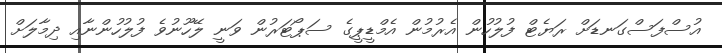
އުސްފަސްގަނޑަށް ރަޔެޓް ފުލުހުން އެރުމުން އެމްޑީޕީގެ ސަޕޯޓަރުން ވަނީ ލޭހޫނުވެ ފުލުހުންނާއި ދިމާލަށް